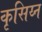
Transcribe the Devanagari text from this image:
कृसिय्न